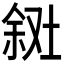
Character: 𪣸